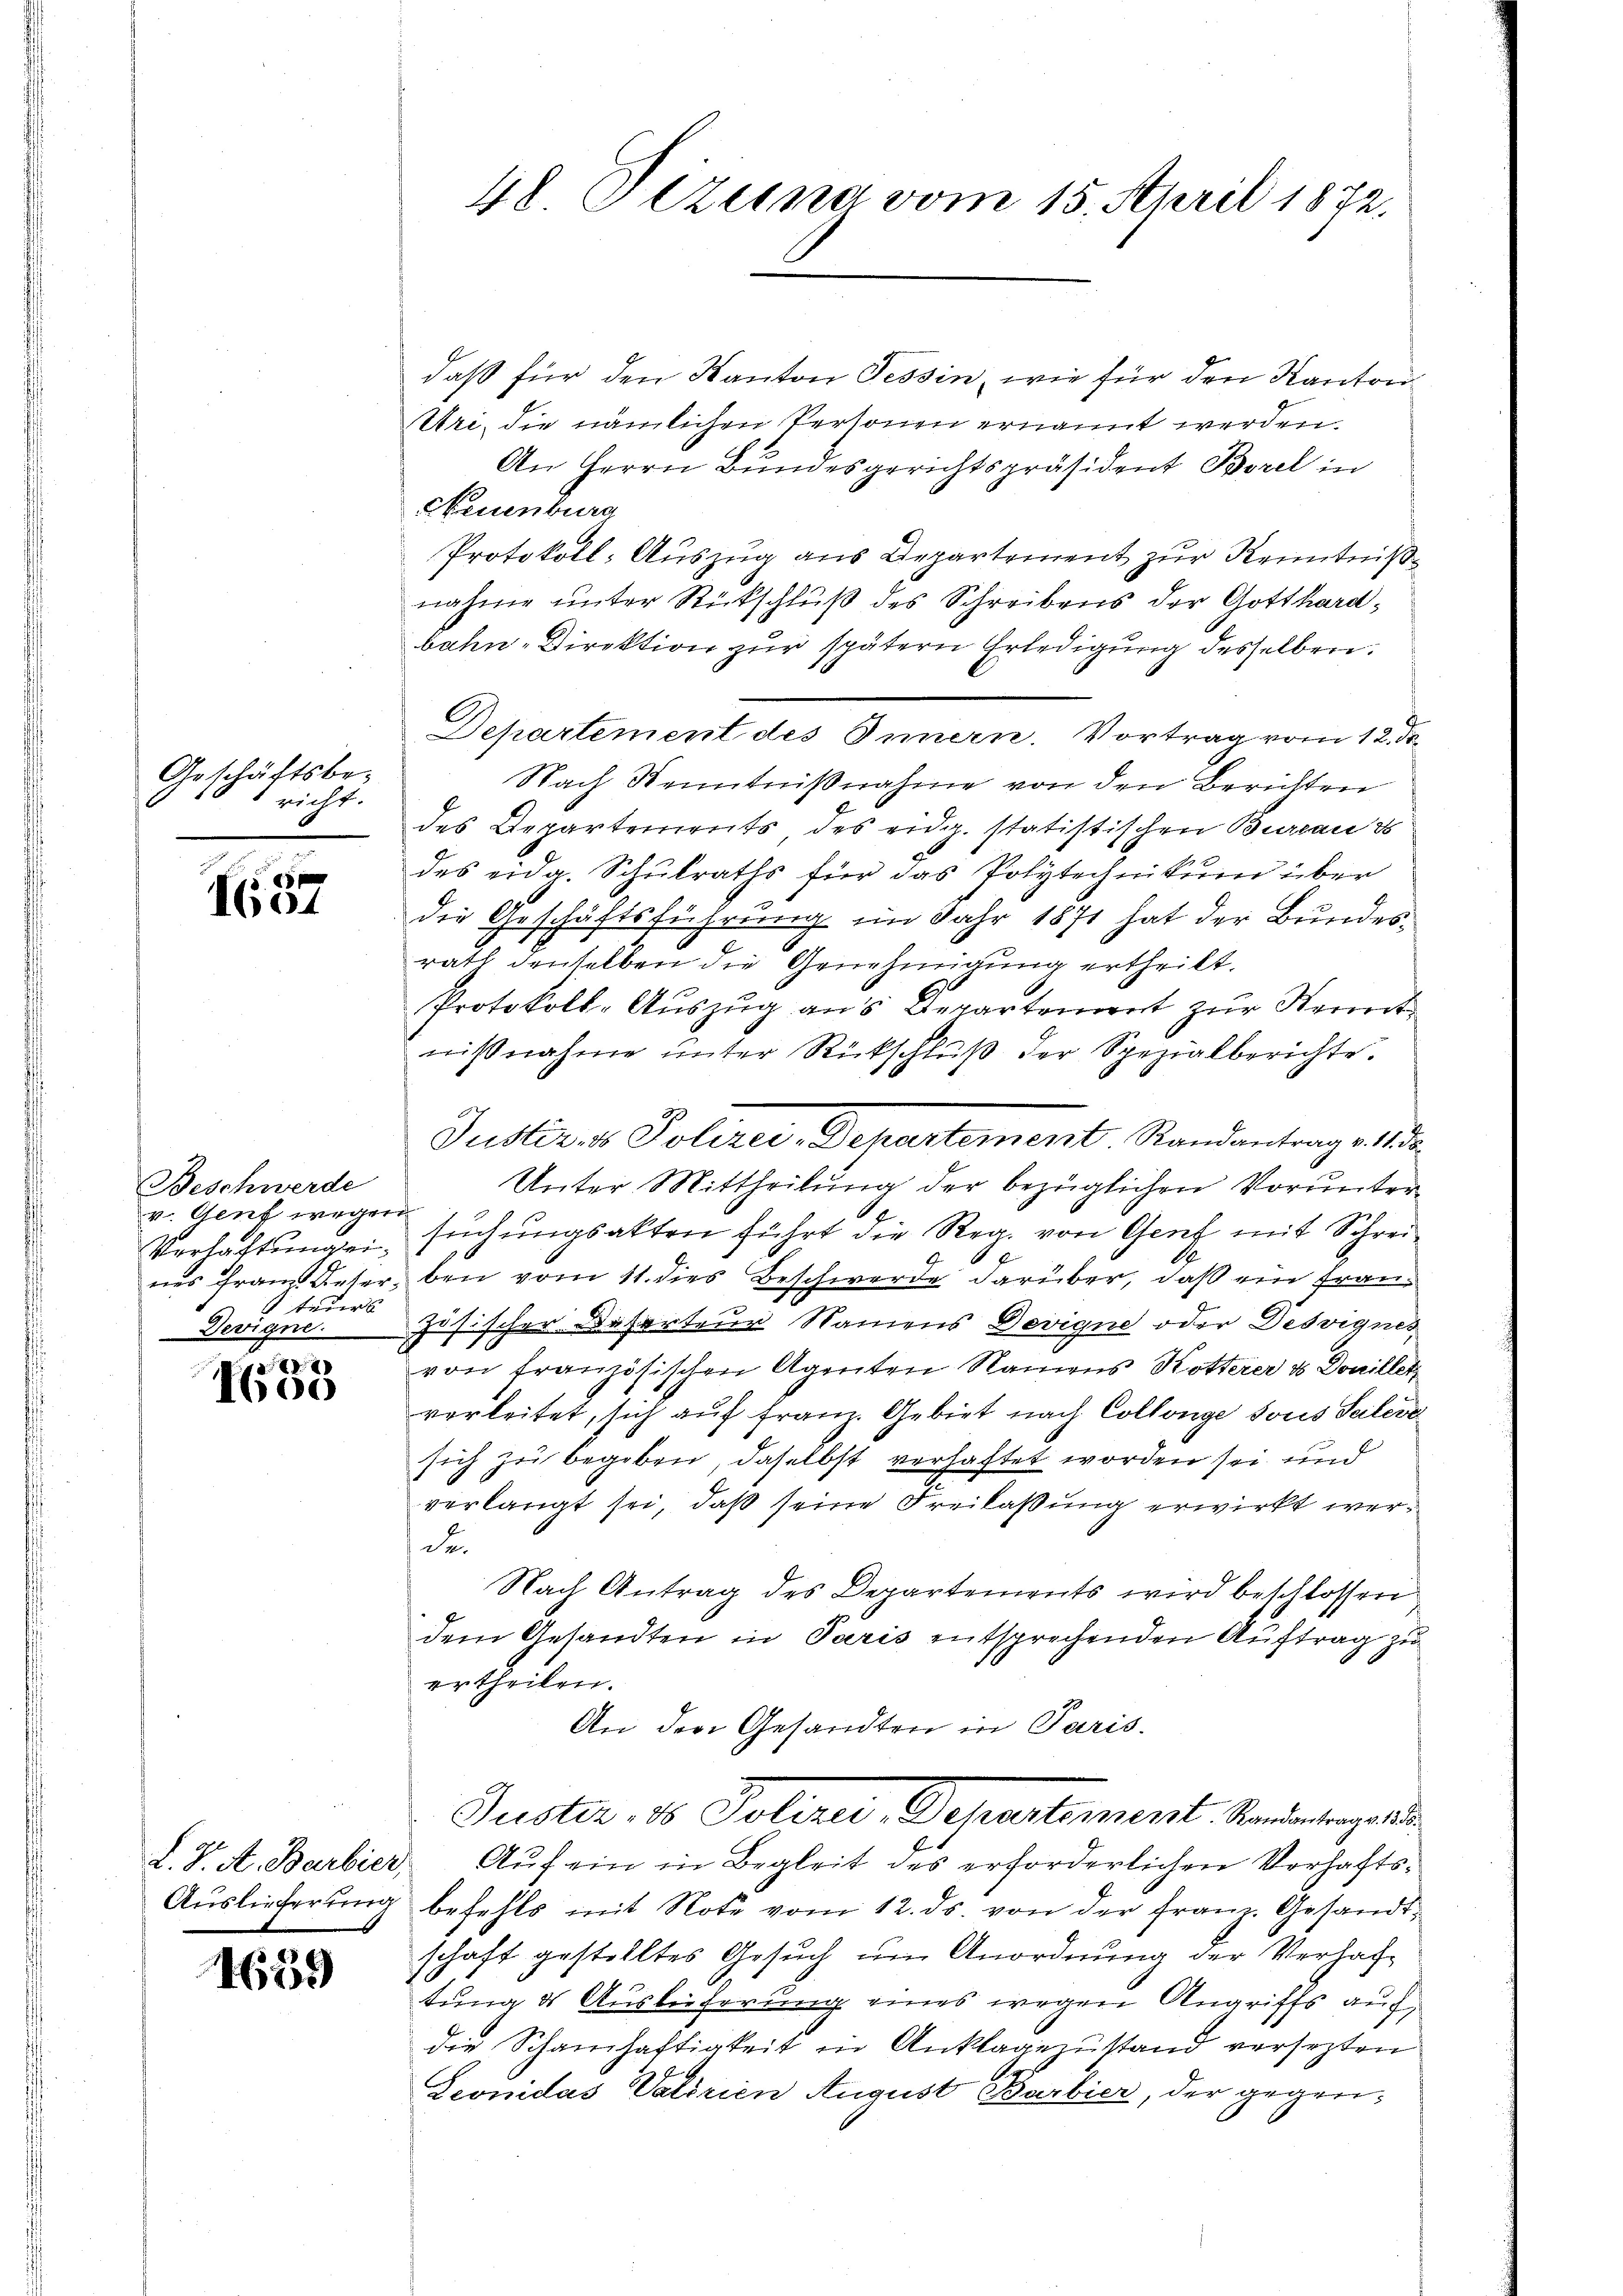
Geschäftsbe-
richt.
e

1604

Beschwerde
v. Genf wegen
teurs
Devigne.

8
I600

1659

48 Dezuna vom 15. April 1872.

daß für den Kanton Tessin, wie für den Kanton
Uri, die nämlichen Personen ernannt werden.
An Herrn Bundesgerichtspräsident Borel in
Neuenburg
Protokoll-Auszug aus Departement zur Kenntniß
nahme unter Rückschluß des Schreibens der Gotthardbahn-Direktion zur spätern Erledigung desselben.
Departement des Innern. Vortrag vom 12. ds.
Nach Kenntnißnahme von den Berichten
des Departements des eidg. statistischen Bureau is
des eidg. Schulraths für das Polytechnikum über
die Geschäftsführung im Jahr 1871 hat der Bundesrath denselben die Genehmigung ertheilt.
Protokoll-Auszug aus Departement zur Kennt
niβnahme ŭnter Rückschlŭβ der Spezialberichte.
Unter Mittheilung der bezüglichen Vorunter-
Vorhaftungen suchungsakten führt die Reg. von Genf mit Schrei¬
A
nes Franz Veter bei vom 11. dies Beschwerde darüber, daß ein Französischer Besorteur Namens Devigne oder Desvignes
von französischen Agenten Namens Hotterer & Donilletz
verleitet, sich auf franz. Gebiet nach Collenge sous Seitere
sich zu begeben, daselbst verhaftet worden sei und
verlangt sei, daß seine Freilassung erwirkt werder
Nach Antrag des Departements wird beschlossen
dem Gesandten in Paris entsprechenden Auftrag zu
ertheilen.
An den Gesandten in Paris.
Puster, 1 Polizei, Departement. Standentenge de
L. K. A. Barbier Aŭf ein in Begleit des erforderlichen Verhafts-
Auslieferung befehls mit Note vom 12. ds. von der franz. Gesandtschaft gestelltes Gesŭch ŭm Anordnŭng der Verhaltung & Auslieferung eines wegen Angriffs auf,
die Schamhaftigkeit in Anklagenstand versezten
Leonidas Vaterien August Barbier, der gegen¬

Justiret Polizei-Departement Randantrag. 1